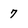
Character: 7